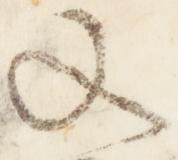
又